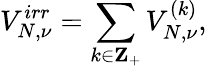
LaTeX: V_{N,\nu}^{irr}=\sum_{k\in{\mathbf Z}_{+}}V_{N,\nu}^{(k)},